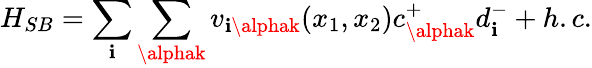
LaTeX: H_{SB}=\sum_{\mathbf{i}}\sum_{\alphak}v_{\mathbf{i}\alphak}(x_{1},x_{2})c_{\alphak}^{+}d_{\mathbf{i}}^{-}+h.c.